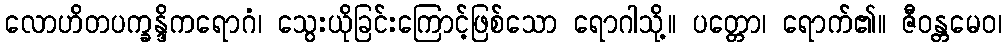
လောဟိတပက္ခန္ဒိကရောဂံ၊ သွေးယိုခြင်းကြောင့်ဖြစ်သော ရောဂါသို့။ ပတ္တော၊ ရောက်၏။ ဇီဝန္တမေဝ၊